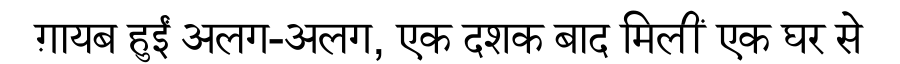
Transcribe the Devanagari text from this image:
ग़ायब हुईं अलग-अलग, एक दशक बाद मिलीं एक घर से